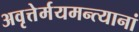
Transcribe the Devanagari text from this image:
अवृत्तेर्मयमन्त्यानां